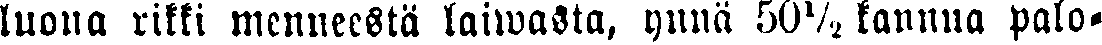
luona rikki menneestä laiwasta, ynnä 50½ kannua palo-